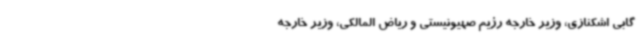
گابی اشکنازی، وزیر خارجه رژیم صهیونیستی و ریاض المالکی، وزیر خارجه